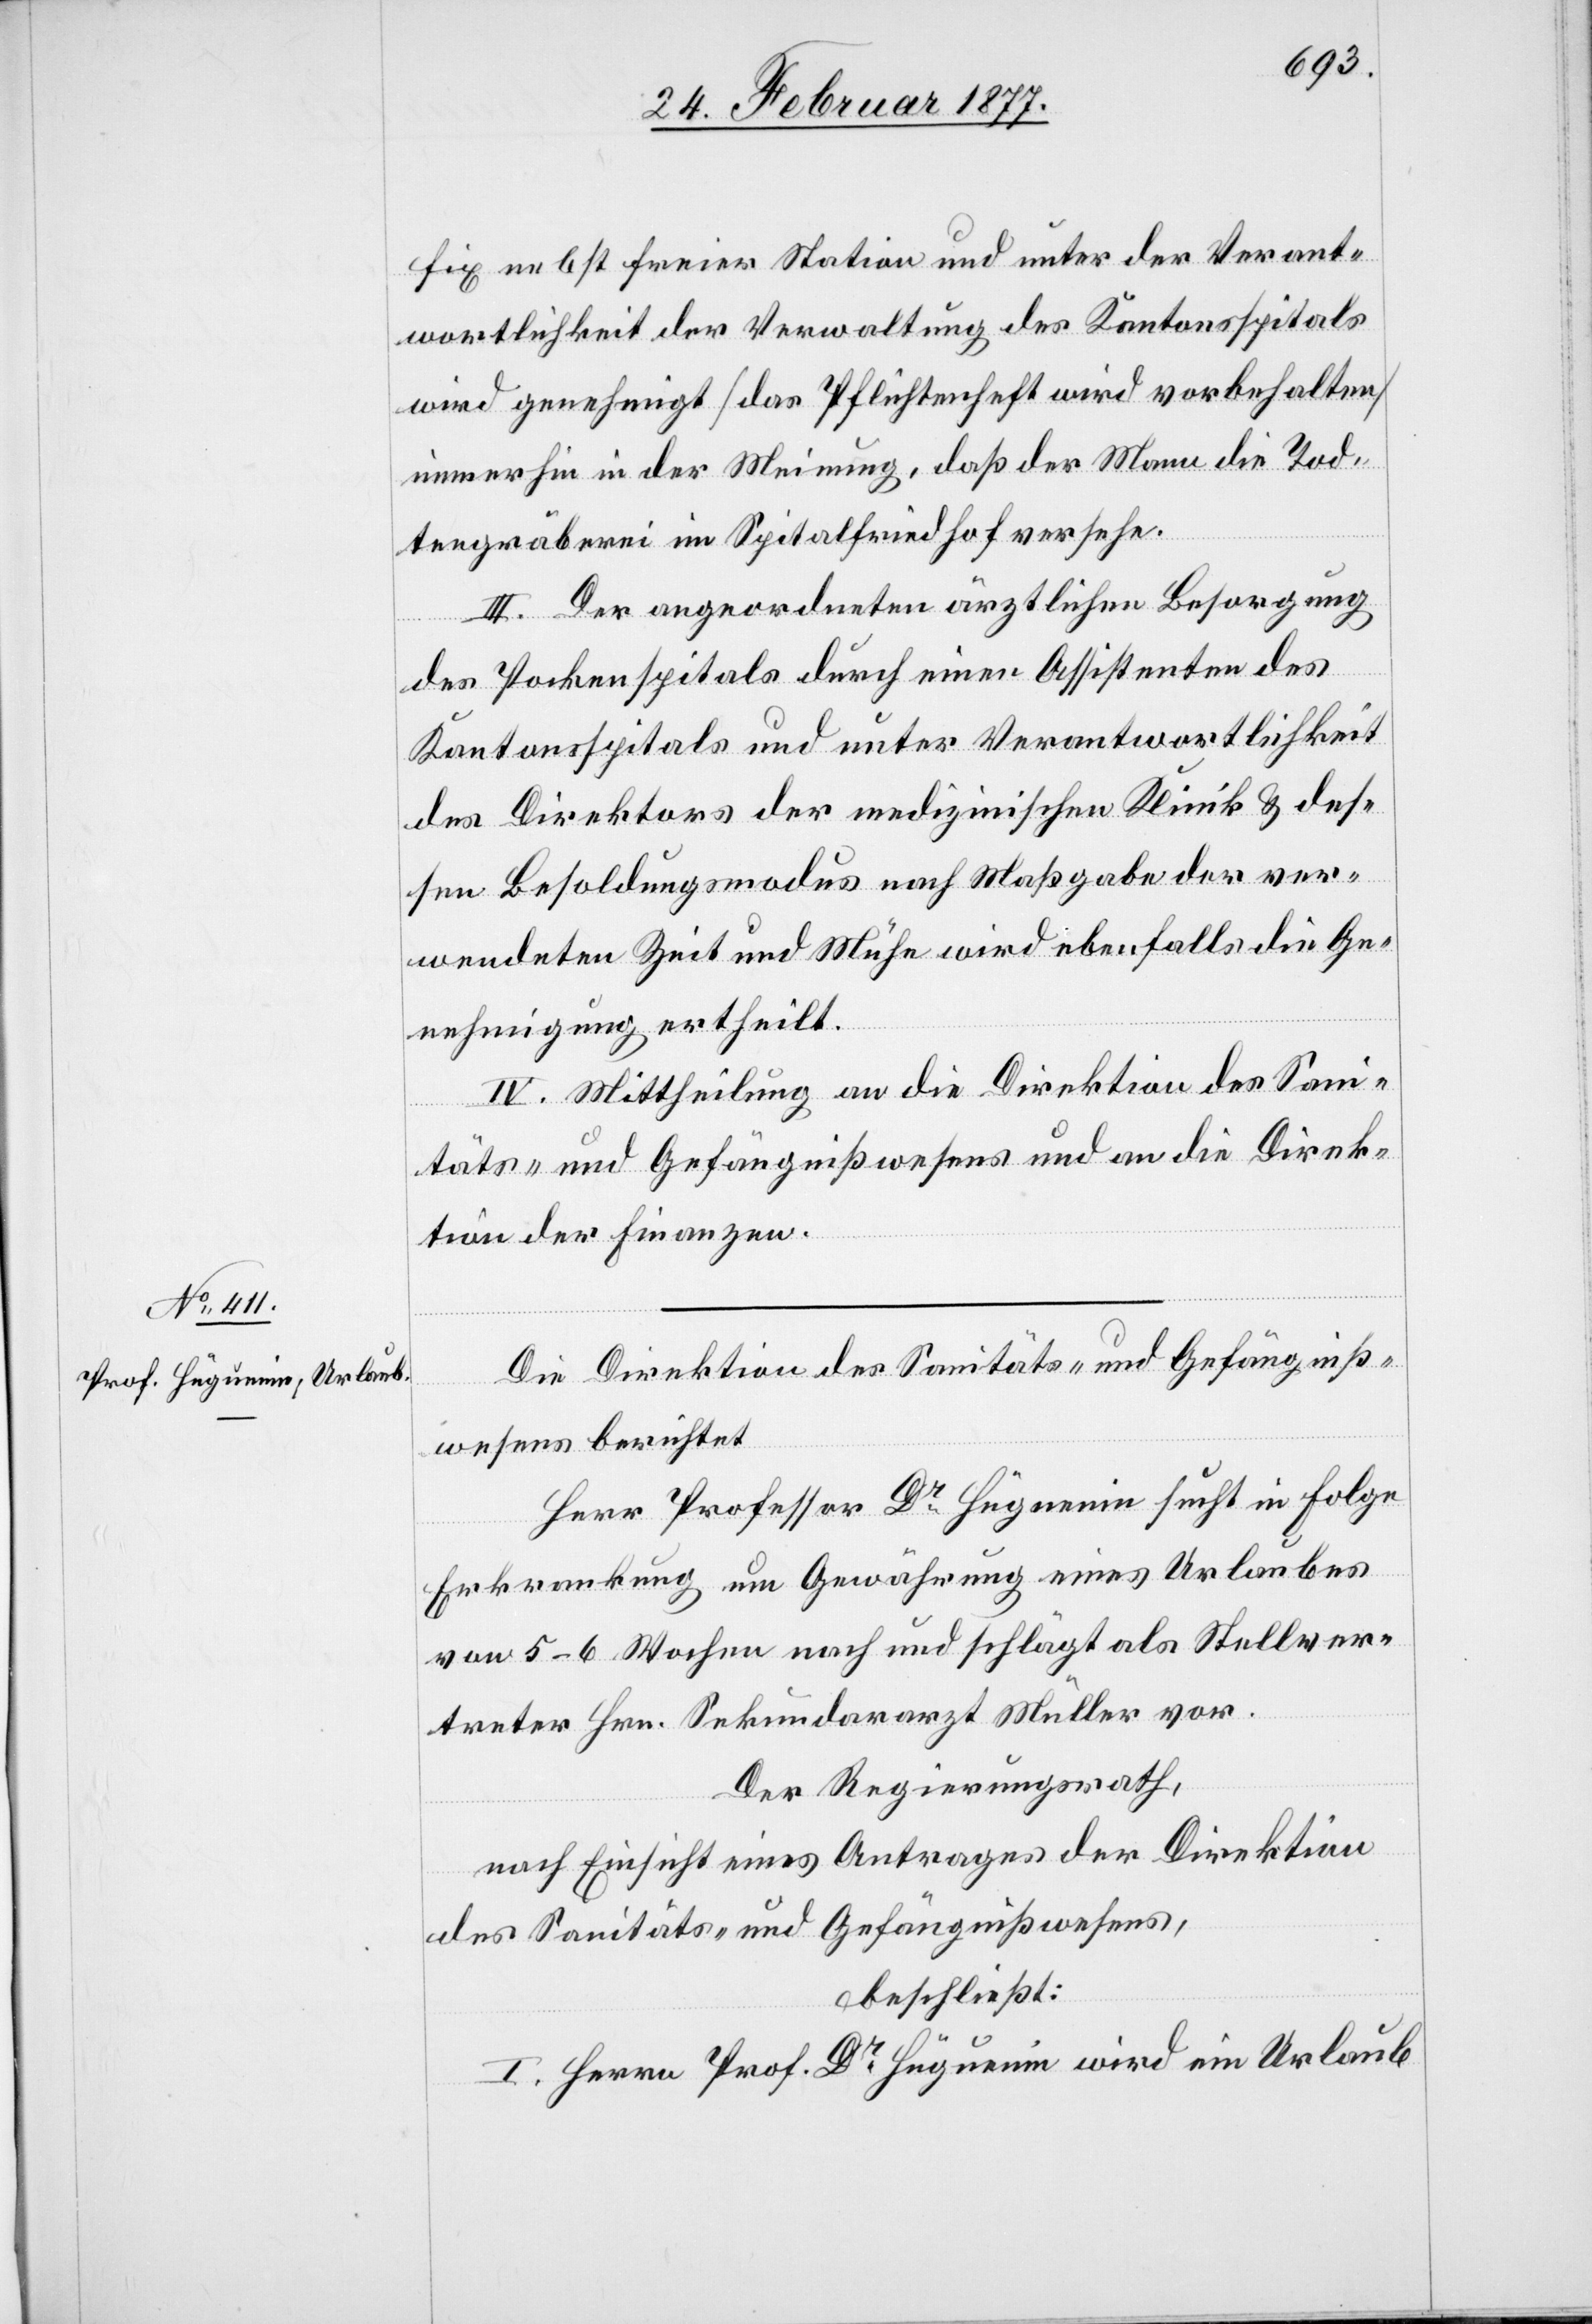
fix nebst freier Station und unter der Verant¬
wortlichkeit der Verwaltung des Kantonsspitals
wird genehmigt [das Pflichtenheft wird vorbehalten]
immerhin in der Meinung, daß der Mann die Tod¬
tengräberei im Spitalfriedhof versehe.
III. Der angeordneten ärztlichen Besorgung
des Pockenspitals durch einen Assistenten des
Kantonsspitals und unter Verantwortlichkeit
des Direktors der medizinischen Klinik & des¬
sen Besoldungsmodus nach Maßgabe der ver¬
wendeten Zeit und Mühe wird ebenfalls die Ge¬
nehmigung ertheilt.
IV. Mittheilung an die Direktion des San¬
itäts- und Gefängnißwesens und an die Direk¬
tion der Finanzen.
Die Direktion des Sanitäts- und Gefängniß¬
wesens berichtet[:]
Herr Professor Dr Hugnenin [sic!] sucht in Folge
Erkrankung um Gewährung eines Urlaubes
von 5–6 Wochen nach und schlägt als Stellver¬
treter Hrn. Sekundararzt Müller vor.
Der Regierungsrath,
nach Einsicht eines Antrages der Direktion
des Sanitäts- und Gefängnißwesens,
beschließt:
I. Herrn Prof. Dr Huguenin wird ein Urlaub